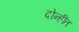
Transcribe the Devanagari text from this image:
दोन्हींत